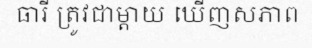
ធារី ត្រូវជាម្តាយ ឃើញសភាព